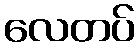
လေတပ်